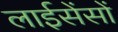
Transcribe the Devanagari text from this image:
लाईसेंसों